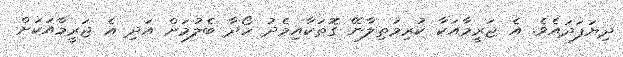
ދިޔަފަދައެވެ. އެ ޖަރީމާއަކާ ކުރިމަތިލާނޭ ގޮތަކާއިމެދު ހޯދާ ބެލުމަށް އަދި އެ ޖަރީމާއަކަށް